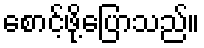
စောင့်ဖို့ပြောသည်။